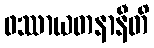
ဖဿာယတနာနီတိ